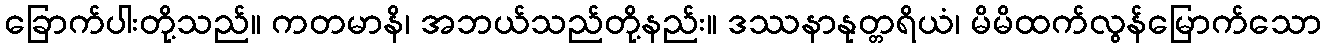
ခြောက်ပါးတို့သည်။ ကတမာနိ၊ အဘယ်သည်တို့နည်း။ ဒဿနာနုတ္တရိယံ၊ မိမိထက်လွန်မြောက်သော